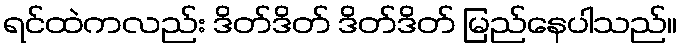
ရင်ထဲကလည်း ဒိတ်ဒိတ် ဒိတ်ဒိတ် မြည်နေပါသည်။